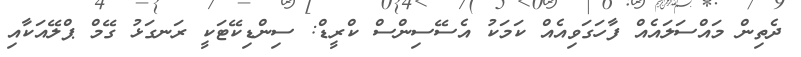
ދެތިން މައްސަލައެއް ފާހަގަވިއެއް ކަމަކު އެސޭސިންސް ކްރީޑް: ސިންޑިކޭޓަކީ ރަނގަޅު ގޭމް ޕްލޭއަކާއި